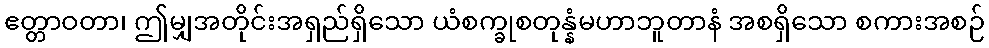
ဧတ္တာဝတာ၊ ဤမျှအတိုင်းအရှည်ရှိသော ယံစက္ခုစတုန္နံမဟာဘူတာနံ အစရှိသော စကားအစဉ်